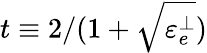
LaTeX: t\equiv 2/(1+\sqrt{\varepsilon_{e}^{\perp}})